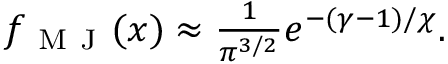
\begin{array} { r } { f _ { \mathrm { ~ M ~ J ~ } } ( x ) \approx \frac { 1 } { \pi ^ { 3 / 2 } } e ^ { - ( \gamma - 1 ) / \chi } . } \end{array}